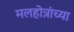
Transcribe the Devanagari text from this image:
मलहोत्रांच्या